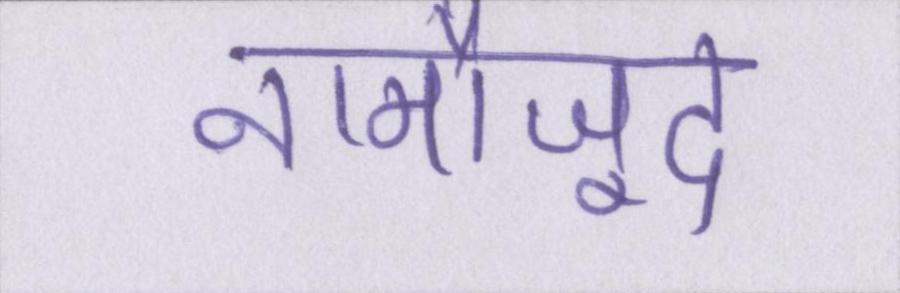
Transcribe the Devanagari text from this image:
नामौजूद